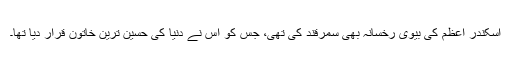
اسکندر اعظم کی بیوی رخسانہ بھی سمرقند کی تھی، جس کو اس نے دنیا کی حسین ترین خاتون قرار دیا تھا۔